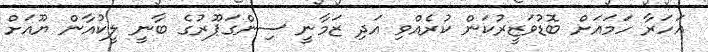
އަހަރާ ހަމައަށް ބޮޑުވަޒީރުކަން ކުރެއްވި އަދި ޒަމާނީ ސިންގަޕޫރުގެ ބާނީ ލީކުއާން ޔޫއަށް